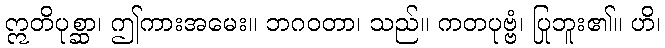
ဣတိပုစ္ဆာ၊ ဤကားအမေး။ ဘဂဝတာ၊ သည်။ ကတပုဗ္ဗံ၊ ပြုဘူး၏။ ဟိ၊